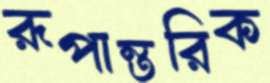
রূপান্তরিক